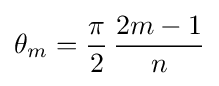
\theta _{m}={\frac {\pi }{2}}\,{\frac {2m-1}{n}}